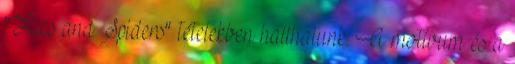
"Flies and Spiders" tételekben hallhatunk. A motívum és a